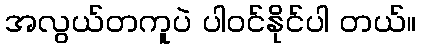
အလွယ်တကူပဲ ပါဝင်နိုင်ပါ တယ်။